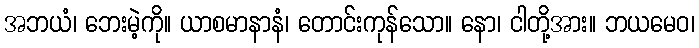
အဘယံ၊ ဘေးမဲ့ကို။ ယာစမာနာနံ၊ တောင်းကုန်သော။ နော၊ ငါတို့အား။ ဘယမေဝ၊